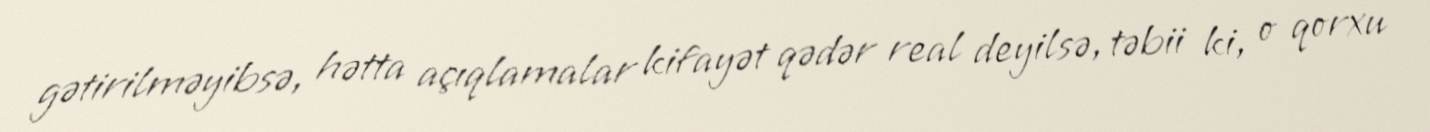
gətirilməyibsə, hətta açıqlamalar kifayət qədər real deyilsə, təbii ki, o qorxu